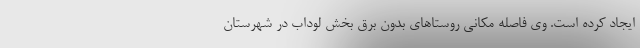
ایجاد کرده است. وی فاصله مکانی روستاهای بدون برق بخش لوداب در شهرستان